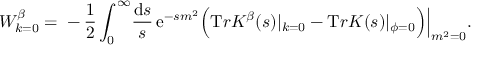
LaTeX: W _ { k = 0 } ^ { \beta } = \mathrm { } - \frac 1 2 \int _ { 0 } ^ { \infty } \! \frac { { \mathrm { d } } s } { s } \, { \mathrm e } ^ { - s m ^ { 2 } } \Big ( { \mathrm T r } { K } ^ { \beta } ( s ) | _ { k = 0 } - { \mathrm T r } K ( s ) | _ { \phi = 0 } \Big ) \Big | _ { m ^ { 2 } = 0 } .